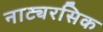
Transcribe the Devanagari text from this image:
नाट्यरसिक